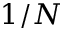
1 / N